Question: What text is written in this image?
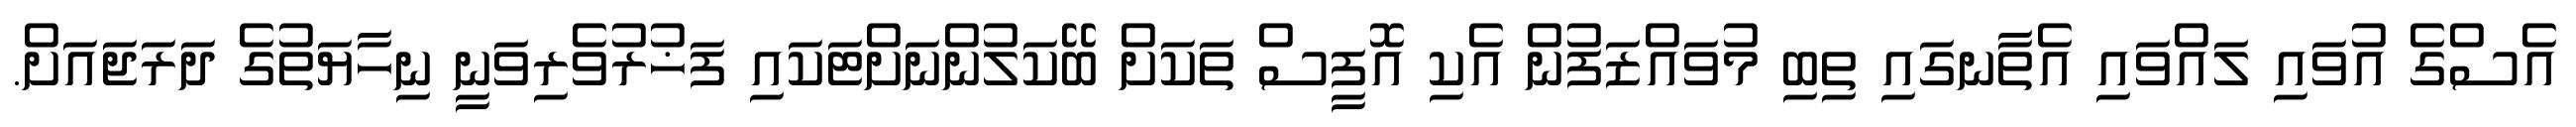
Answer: އެސްގެ އުވައި ލައްވައި އެތާނގައި ތިބި މުވައްޒަފުން އެކި އޮފީސް ތަކަށް ބޭކަލުންނަށްޓަކައި ފަޚުރުވެރިވަނީ ނިހާޔަތުގެ ދަރަޖައަށް.